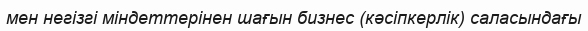
мен негізгі міндеттерінен шағын бизнес (кәсіпкерлік) саласындағы